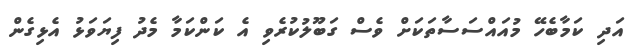
އަދި ކަމާބެހޭ މުއައްސަސާތަކަށް ވެސް ގަބޫލުކުރެވި އެ ކަންކަމާ މެދު ފިޔަވަޅު އެޅިގެން